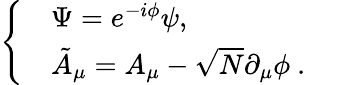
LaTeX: \left\{ \begin{array}{ll}{{}}&{{\Psi=e^{-i\phi}\psi,\ \ \ \ \ }}\\ {{}}&{{\tilde{A}_{\mu}=A_{\mu}-\sqrt{N}\partial_{\mu}\phi\ .\ \ \ \ \ }}\end{array}\right.